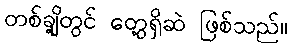
တစ်ချို့တွင် တွေ့ရှိဆဲ ဖြစ်သည်။